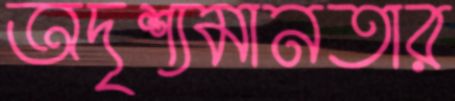
অদৃশ্যমানতার